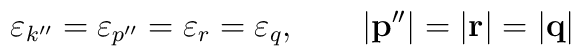
\varepsilon _{k^{\prime \prime }}=\varepsilon _{p^{\prime \prime}}=\varepsilon _{r}=\varepsilon _{q},\qquad \left| {\bf p}^{\prime \prime}\right| =\left| {\bf r}\right| =\left| {\bf q}\right|